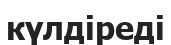
күлдіреді